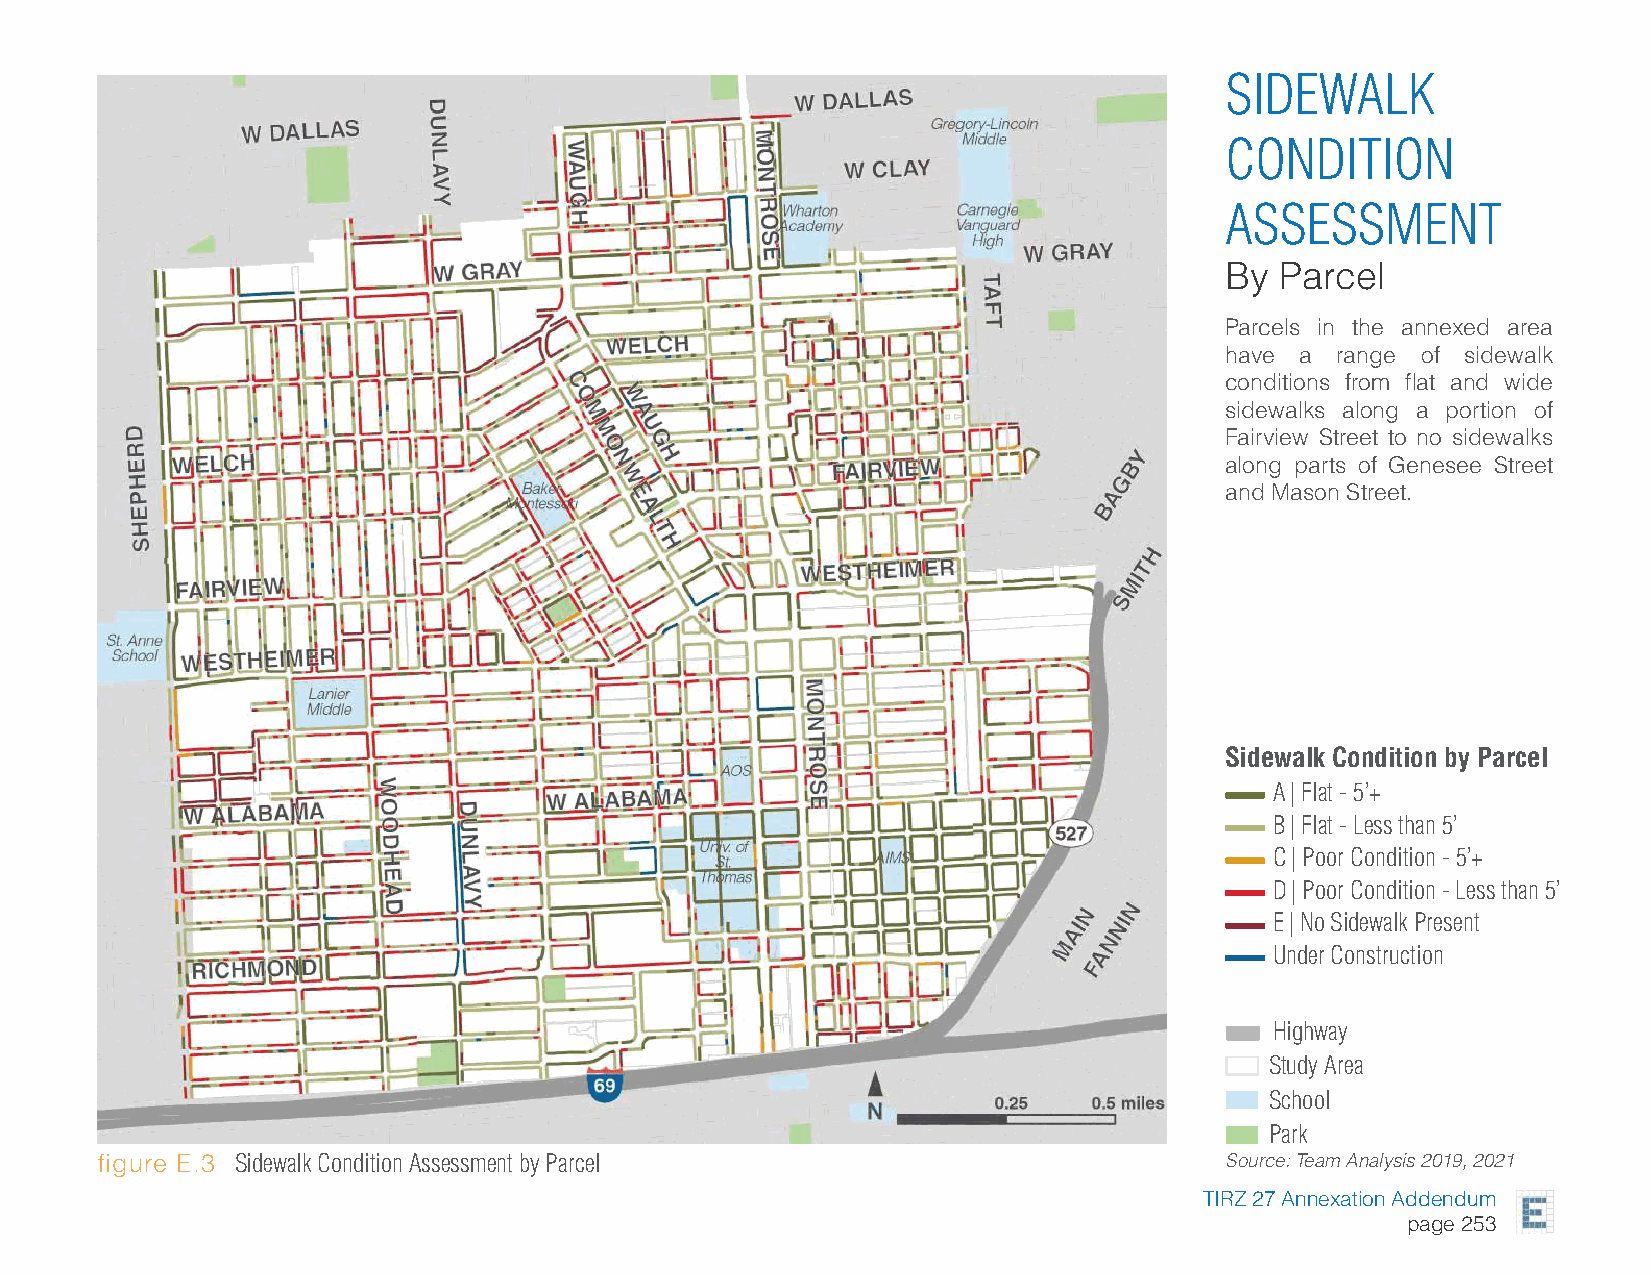
SIDEWALK
 CONDITION
 ASSESSMENT
 By  Parcel
 Parcels in the annexed area
 have a range of sidewalk
 conditions from flat and wide
 sidewalks along a portion of
 Fairview Street to no sidewalks
 along parts of Genesee Street
 and Mason Street.
 Sidewalk Condition by Parcel
 A | Flat - 5’+
 B | Flat - Less than 5’
 C | Poor Condition - 5’+
 D | Poor Condition - Less than 5’
 E | No Sidewalk Present
 Under Construction
 Highway
 Study Area
 School
 Park
 figure E.3 Sidewalk Condition Assessment by Parcel                         Source: Team Analysis 2019, 2021
 TIRZ 27 Annexation Addendum
 page 253